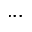
. . .